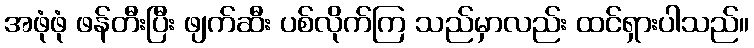
အဖုံဖုံ ဖန်တီးပြီး ဖျက်ဆီး ပစ်လိုက်ကြ သည်မှာလည်း ထင်ရှားပါသည်။